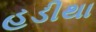
હડીથા